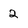
Character: 2